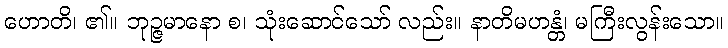
ဟောတိ၊ ၏။ ဘုဉ္ဇမာနော စ၊ သုံးဆောင်သော် လည်း။ နာတိမဟန္တံ၊ မကြီးလွန်းသော။